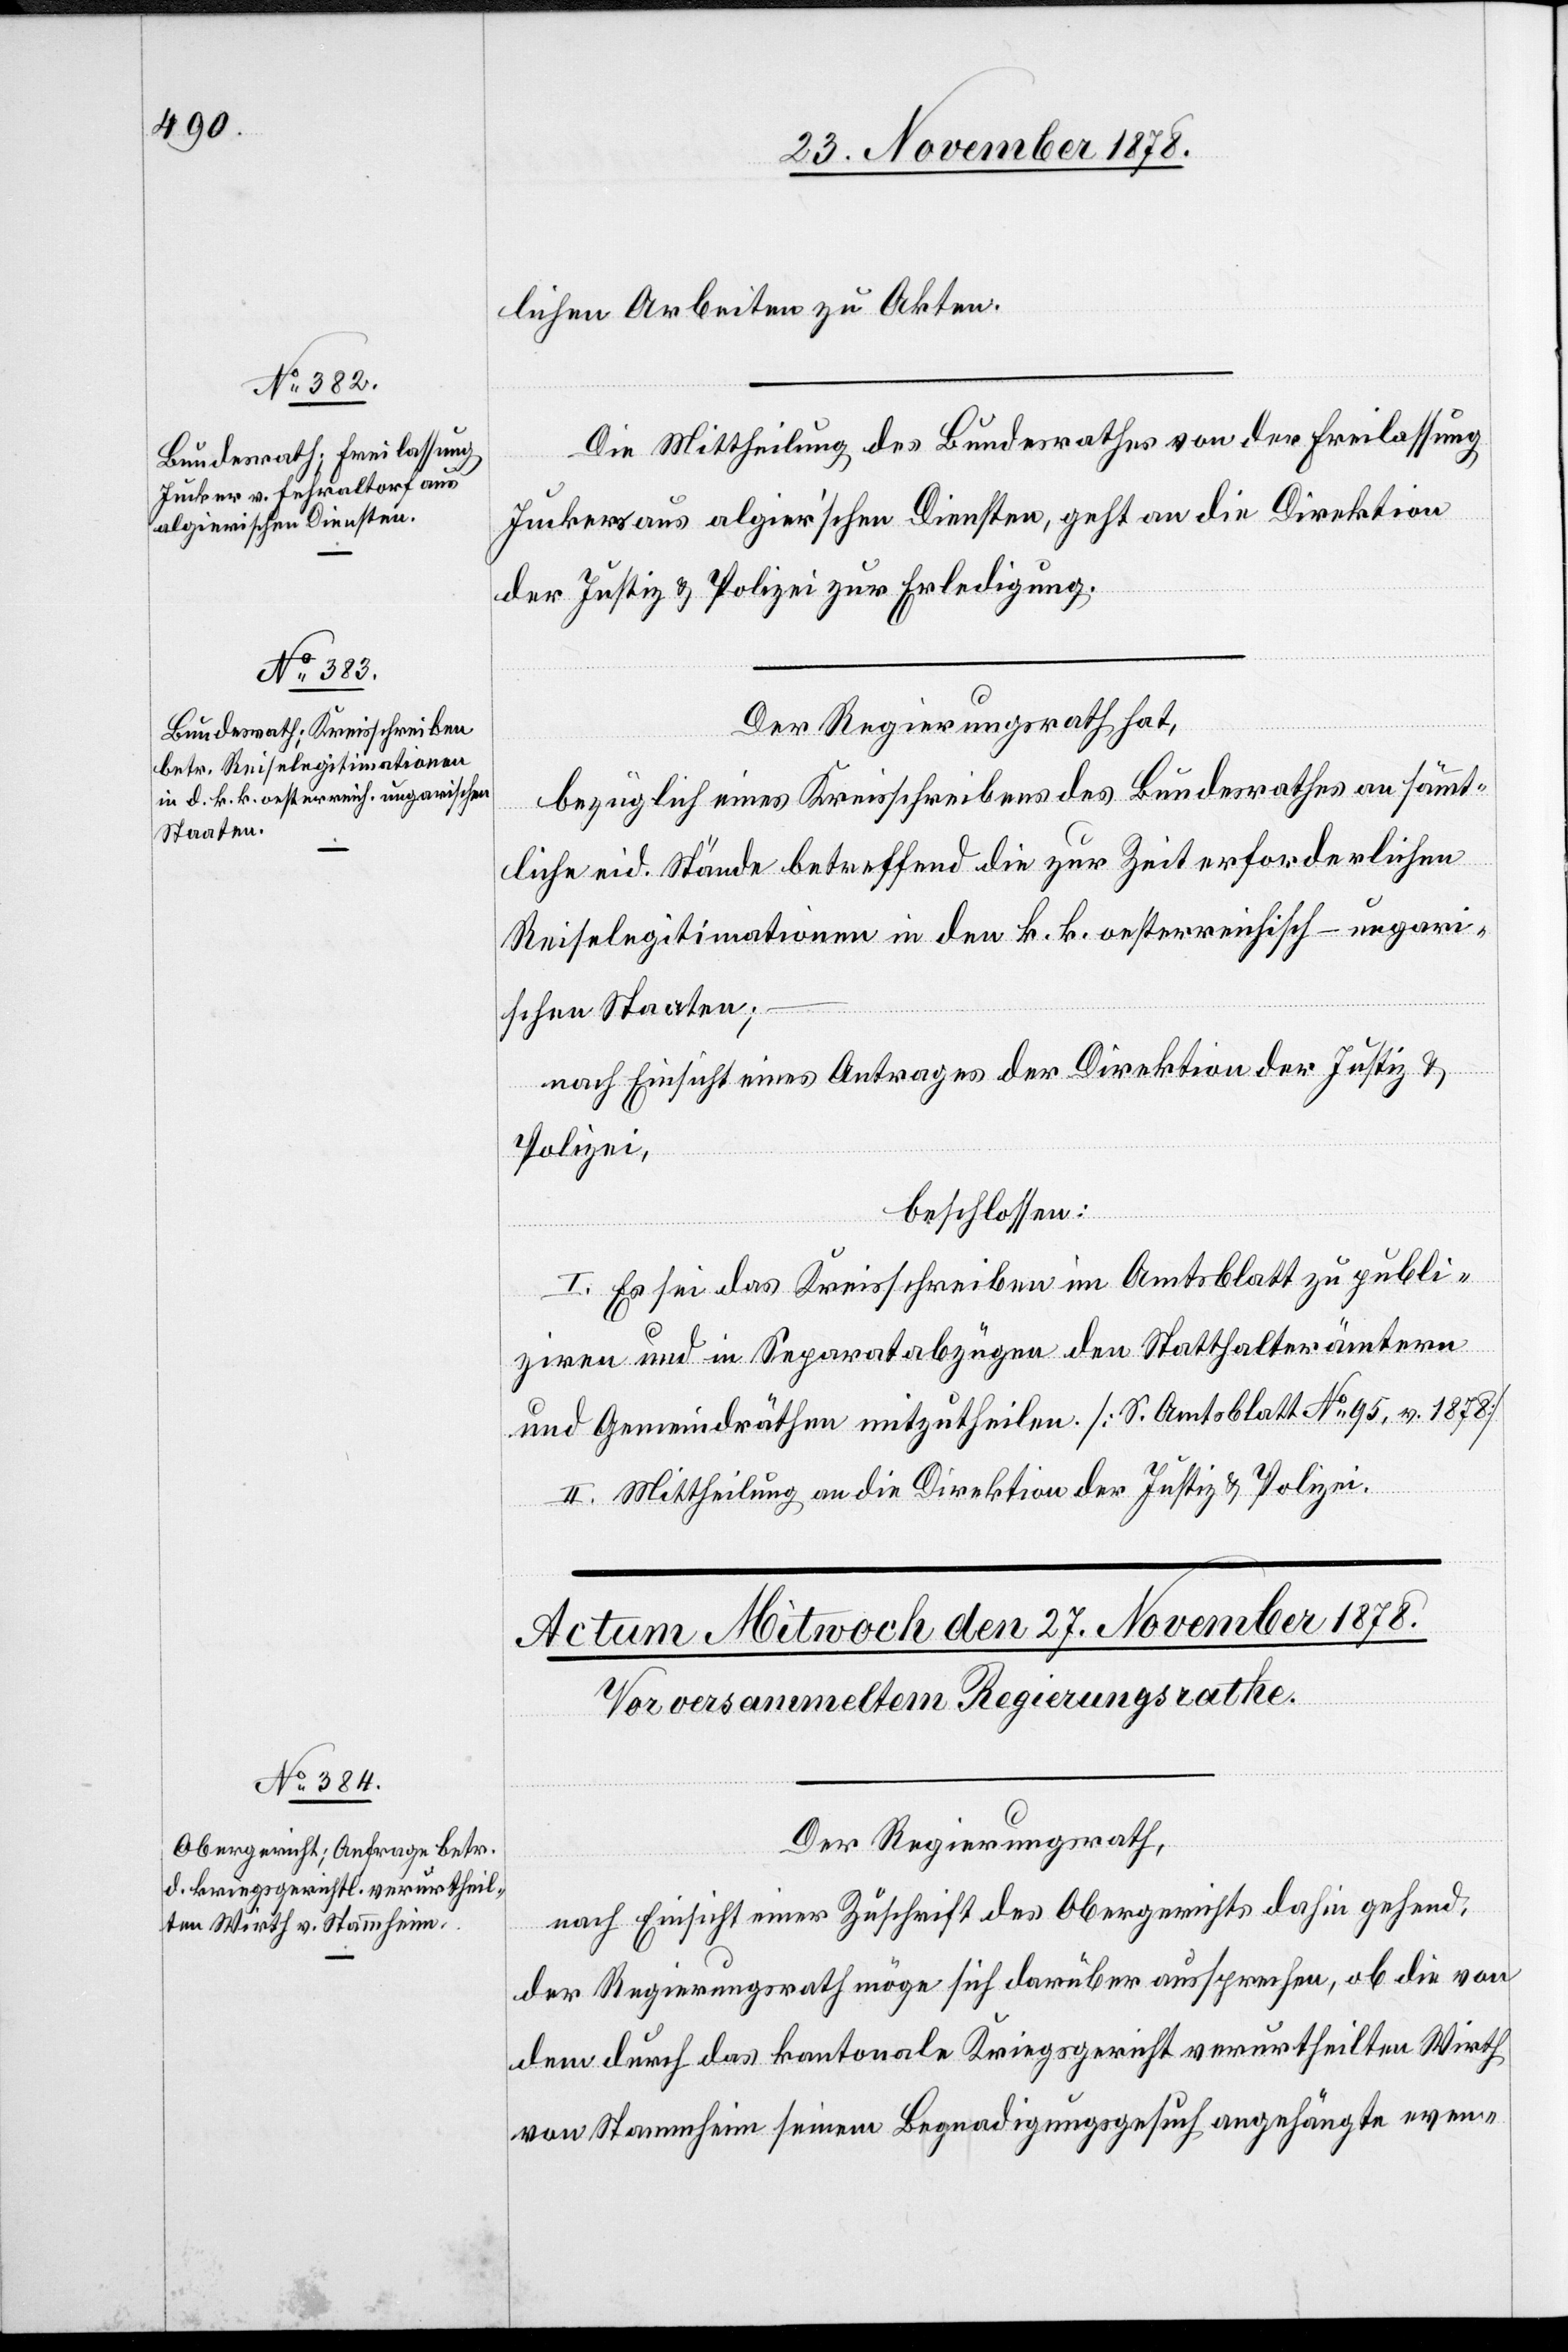
25. November 1878.]
lichen Arbeiten zu Akten.
Die Mittheilung des Bundesrathes von der Freilassung
Junkers aus algier’schen Diensten, geht an die Direktion
der Justiz & Polizei zur Erledigung.
Der Regierungsrath hat,
bezüglich eines Kreisschreibens des Bundesrathes an sämmt¬
liche eid. Stände betreffend die zur Zeit erforderlichen
Reiselegitimationen in den k. k. oesterreichisch-ungar¬
ischen Staaten;
–
nach Einsicht eines Antrages der Direktion der Justiz &
Polizei,
beschlossen:
I. Es sei das Kreisschreiben im Amtsblatt zu publi¬
ziren und in Separatabzügen den Statthalterämtern
und Gemeindräthen mitzutheilen. [S. Amtsblatt No 95, v. 1878]
II. Mittheilung an die Direktion der Justiz & Polizei.
Der Regierungsrath,
nach Einsicht einer Zuschrift des Obergerichts dahin gehend,
der Regierungsrath möge sich darüber aussprechen, ob die von
dem durch das kantonale Kriegsgericht verurtheilten Wirth
von Stammheim seinem Begnadigungsgesuch angehängte even-